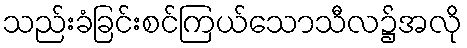
သည်းခံခြင်းစင်ကြယ်သောသီလ၌အလို